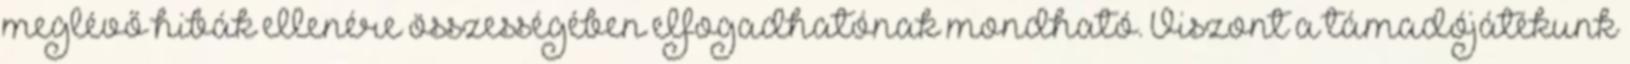
meglévő hibák ellenére összességében elfogadhatónak mondható. Viszont a támadójátékunk